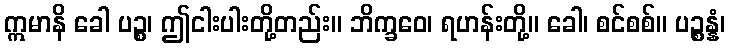
ဣမာနိ ခေါ ပဉ္စ၊ ဤငါးပါးတို့တည်း။ ဘိက္ခဝေ၊ ရဟန်းတို့။ ခေါ၊ စင်စစ်။ ပဉ္စန္နံ၊